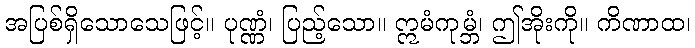
အပြစ်ရှိသောသေဖြင့်။ ပုဏ္ဏံ၊ ပြည့်သော။ ဣမံကုမ္ဘံ၊ ဤအိုးကို။ ကိဏာထ၊